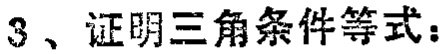
3、证明三角条件等式：